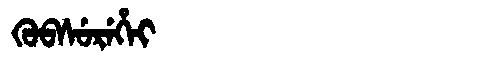
Manchu: ᡴᡠᠪᠰᡠᡵᡝᡥᡝᡳ
Romanization: KUBSUREHEI